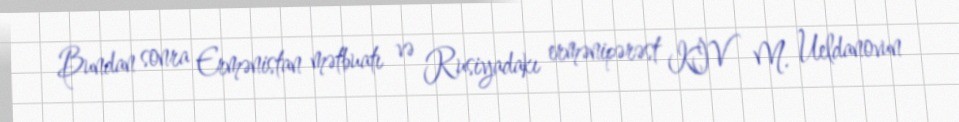
Bundan sonra Ermənistan mətbuatı və Rusiyadakı ermənipərəst KİV M. Ueldanovun